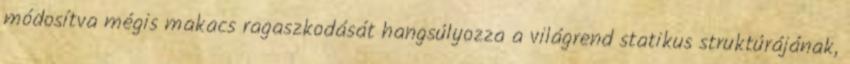
módosítva mégis makacs ragaszkodását hangsúlyozza a világrend statikus struktúrájának,